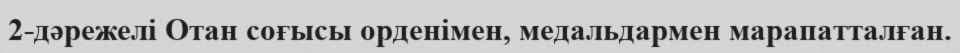
2-дәрежелі Отан соғысы орденімен, медальдармен марапатталған.